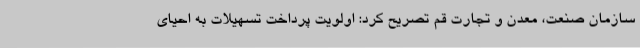
سازمان صنعت، معدن و تجارت قم تصریح کرد: اولویت پرداخت تسهیلات به احیای